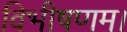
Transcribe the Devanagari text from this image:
विभीषणम।